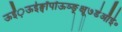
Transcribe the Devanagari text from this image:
ऊईं़ऊईङ्पॉपॉऊञ्ङ़़्क्षू७डंऑई॰